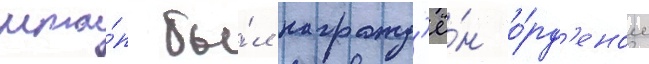
мта́п бы́л награжд'ё́н о́рд'еном